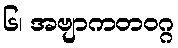
၆၊ အဗျာကတဝဂ္ဂ